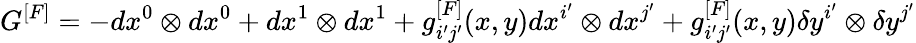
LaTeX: G^{[F]}=-dx^{0}\otimes dx^{0}+dx^{1}\otimes dx^{1}+g_{i^{\prime}j^{\prime}}^{[F]}(x,y)dx^{i^{\prime}}\otimes dx^{j^{\prime}}+g_{i^{\prime}j^{\prime}}^{[F]}(x,y)\delta y^{i^{\prime}}\otimes\delta y^{j^{\prime}}